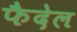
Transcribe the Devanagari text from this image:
फैदेल